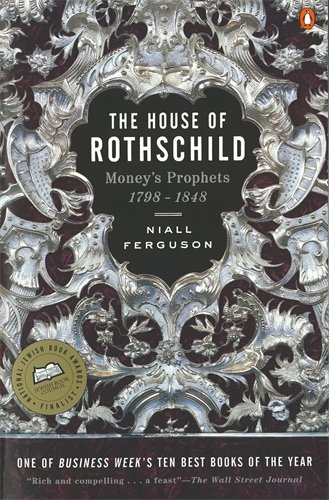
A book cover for The House of Rothschild: Volume 1: Money's Prophets: 1798-1848; Niall Ferguson; Business & Money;